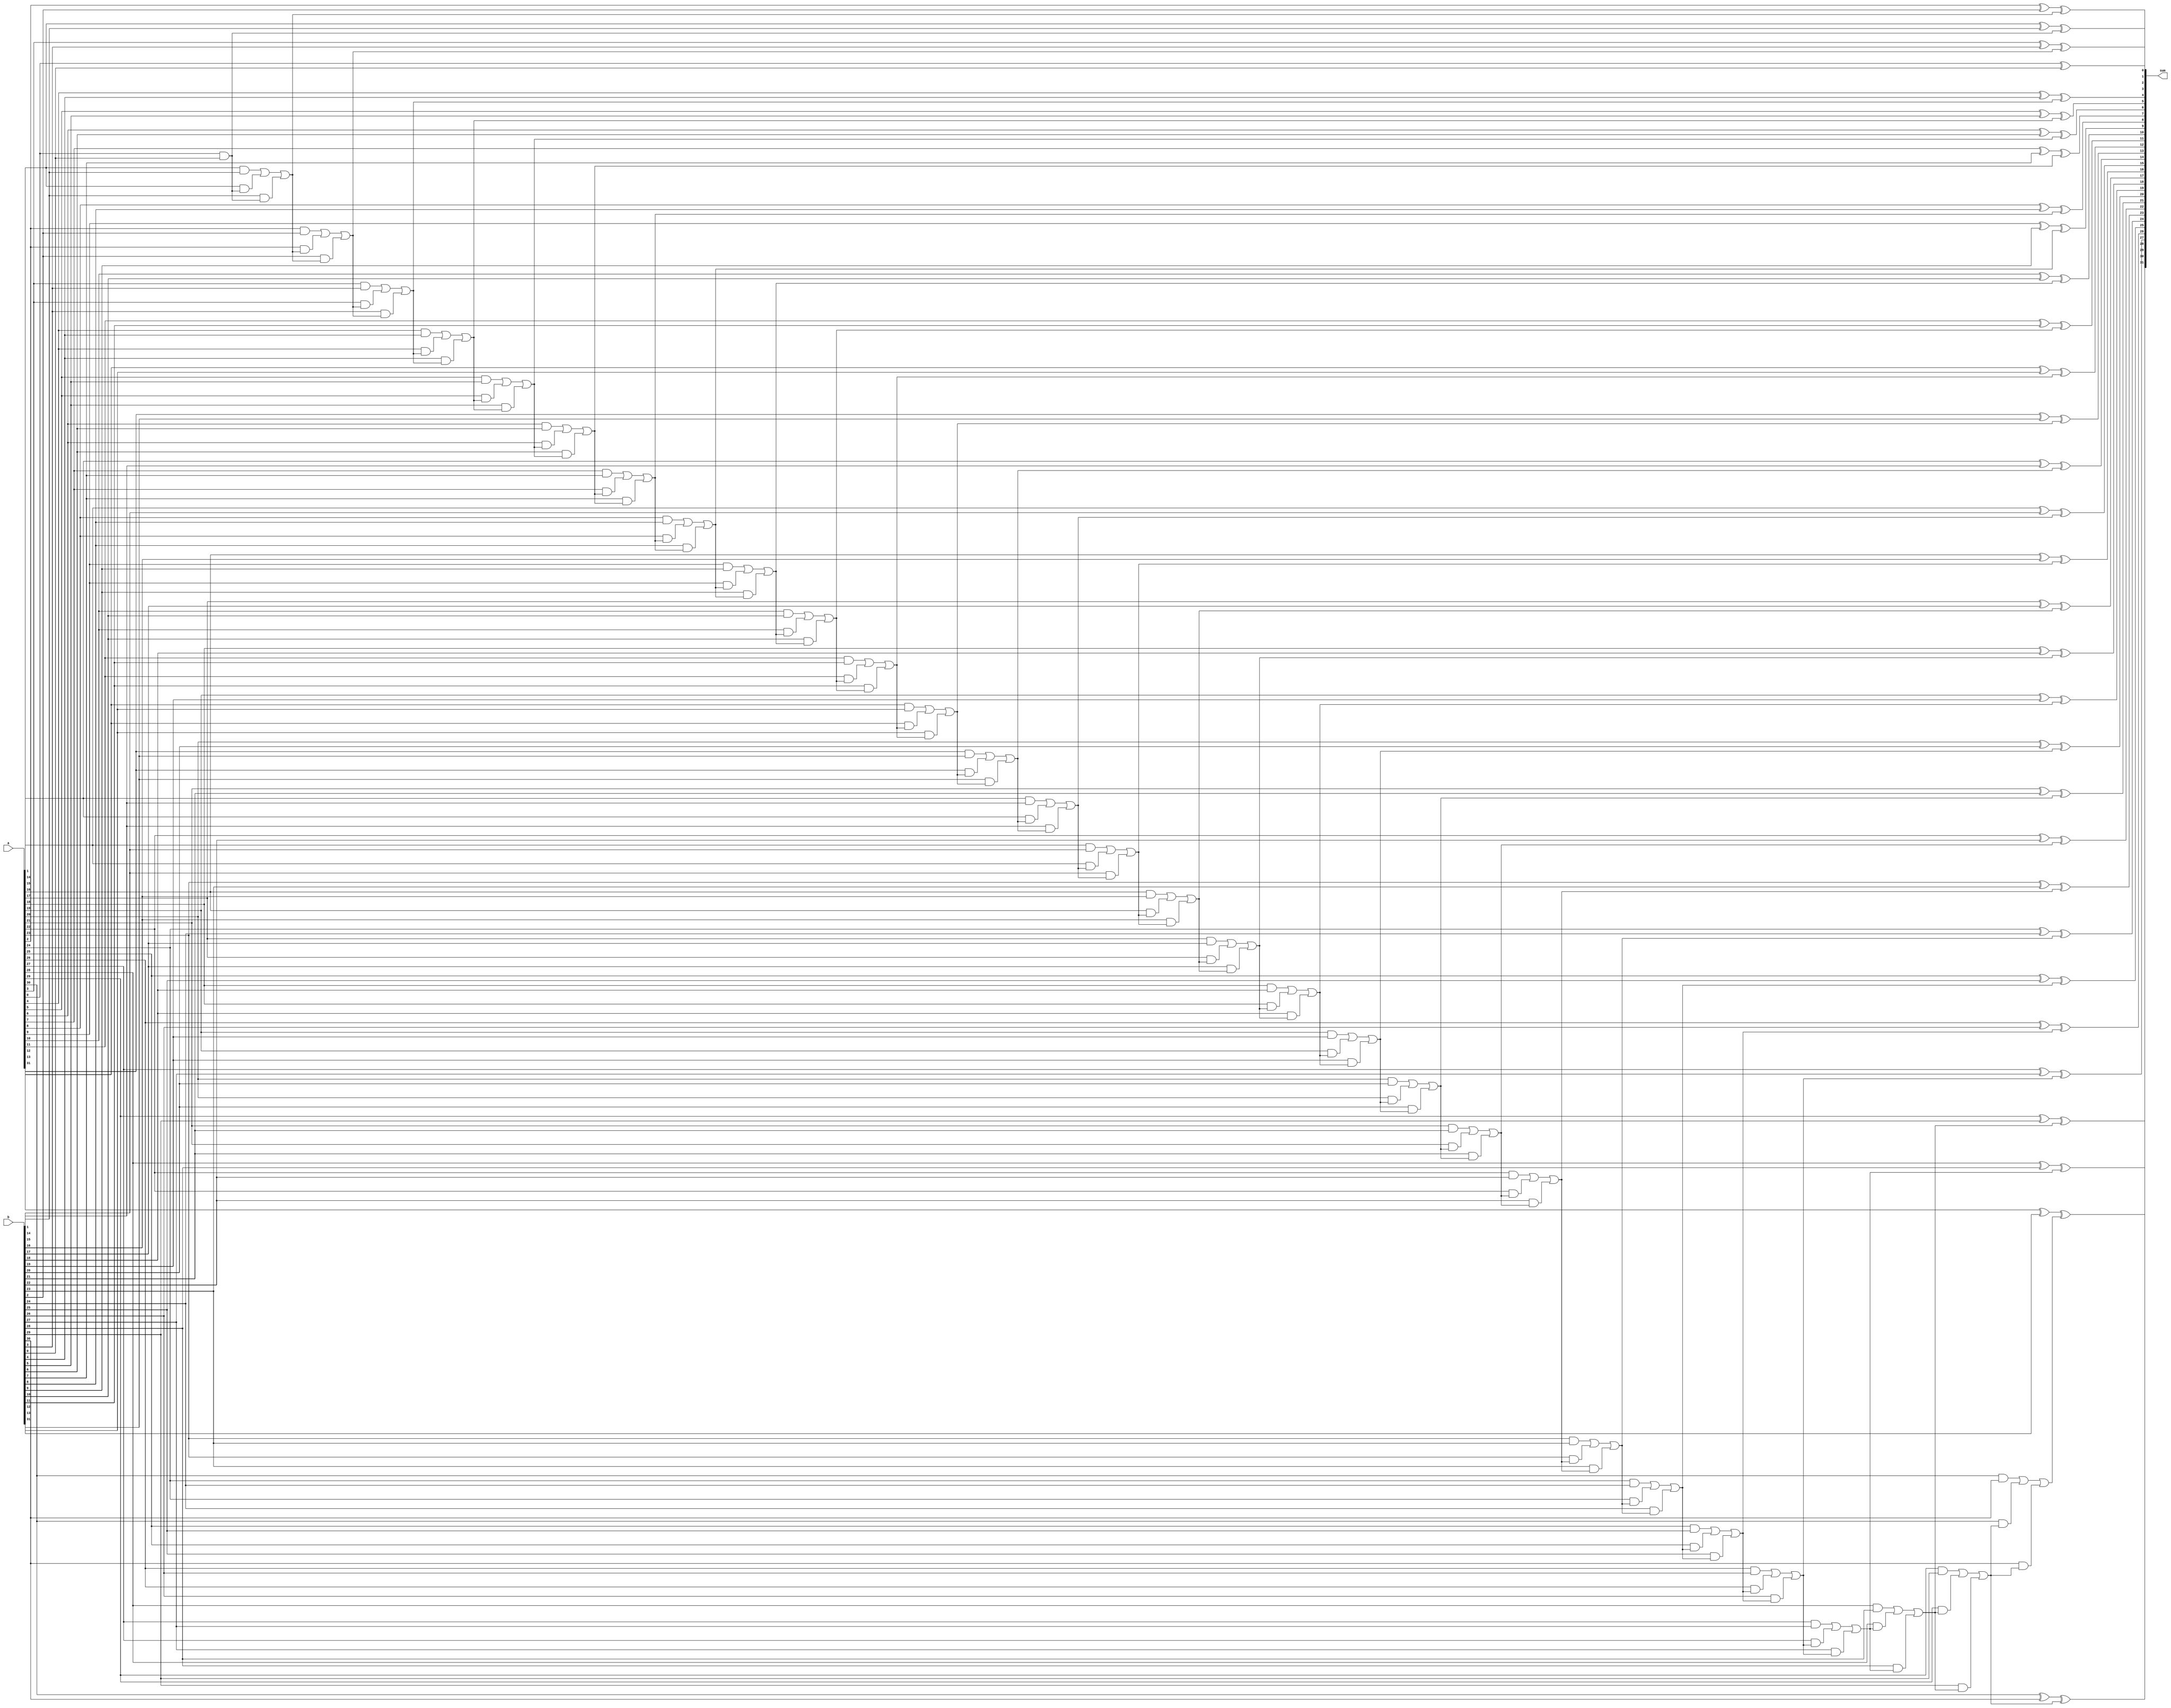
module carry_bypass_adder(
    input wire [31:0] a,
    input wire [31:0] b,
    output reg [31:0] sum
);

reg [32:0] carry;

assign carry[0] = 1'b0;

genvar i;
generate
    for(i = 0; i < 32; i = i + 1) begin: adder_cells
        // Full adder cell
        assign sum[i] = a[i] ^ b[i] ^ carry[i];
        assign carry[i + 1] = (a[i] & b[i]) | (a[i] & carry[i]) | (b[i] & carry[i]);
    end
endgenerate

endmodule